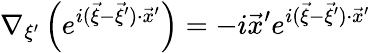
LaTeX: \nabla_{\xi^{\prime}}\left(e^{i(\vec{\xi}-\vec{\xi}^{\prime})\cdot\vec{x}^{\prime}}\right)=-i\vec{x}^{\prime}e^{i(\vec{\xi}-\vec{\xi}^{\prime})\cdot\vec{x}^{\prime}}